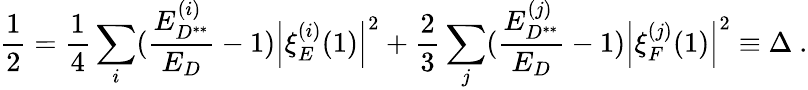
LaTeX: \frac{1}{2}=\frac{1}{4}\sum_{i}(\frac{E_{D^{**}}^{(i)}}{E_{D}}-1)\left|\xi_{E}^{(i)}(1)\right|^{2}+\frac{2}{3}\sum_{j}(\frac{E_{D^{**}}^{(j)}}{E_{D}}-1)\left|\xi_{F}^{(j)}(1)\right|^{2}\equiv\Delta\ .